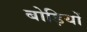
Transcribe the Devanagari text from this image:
बोड़ियों